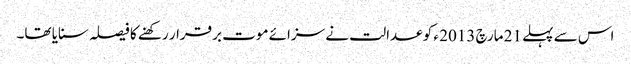
اس سے پہلے 21 مارچ 2013 ء کو عدالت نے سزائے موت برقرار رکھنے کا فیصلہ سنایا تھا۔